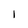
Character: 1